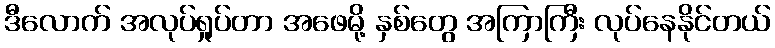
ဒီလောက် အလုပ်ရှုပ်တာ အဖေမို့ နှစ်တွေ အကြာကြီး လုပ်နေနိုင်တယ်